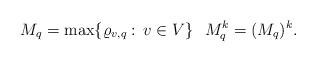
LaTeX: \begin{align*}M_{q}=\max\{\varrho_{v,q}:\,v\in V\}\,\,\,\,M_q^k=(M_q)^k.\end{align*}